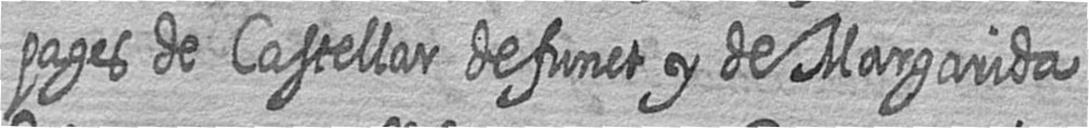
pages de Castellar defunct y de Margarida